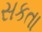
સકતા